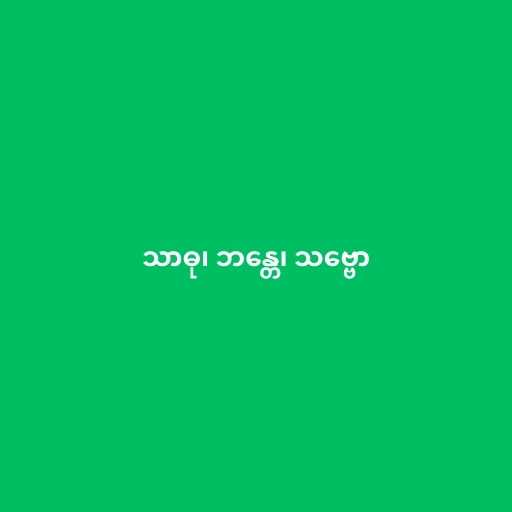
သာဓု၊ ဘန္တေ၊ သဗ္ဗော